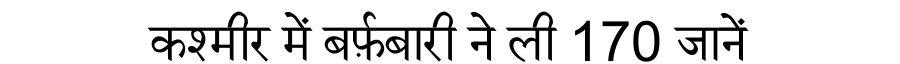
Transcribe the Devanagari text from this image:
कश्मीर में बर्फ़बारी ने ली 170 जानें